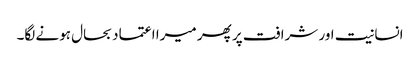
انسانیت اور شرافت پر پھر میرا اعتماد بحال ہونے لگا۔